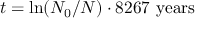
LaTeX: t = \ln ( N _ { 0 } / N ) \cdot { \mathrm { 8 2 6 7 ~ y e a r s } }